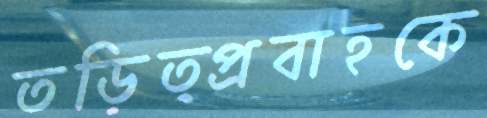
তড়িত্প্রবাহকে